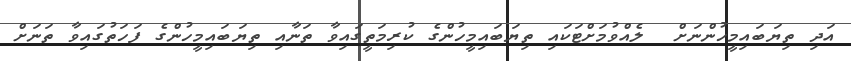
އަދި ތިޔަބައިމީހުންނަށް  ލެއްވުމަށްޓަކައި ތިޔަބައިމީހުންގެ ކުރިމަތީގައިވާ ތަނާއި ތިޔަބައިމީހުންގެ ފަހަަތުގައިވާ ތަނަށް